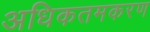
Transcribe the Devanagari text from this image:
अधिकतमकरण